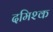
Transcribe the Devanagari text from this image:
दमिश्‍क